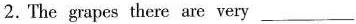
2. The grapes there are very ___